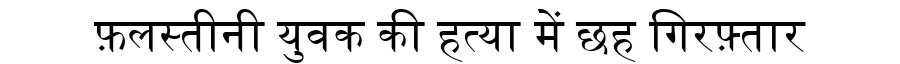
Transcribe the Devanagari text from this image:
फ़लस्तीनी युवक की हत्या में छह गिरफ़्तार